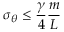
\sigma _ { { \boldsymbol { \theta } } } \leq \frac { \gamma } { 4 } \frac { m } { L }